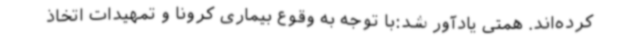
کرده‌اند. همتی یادآور شد:با توجه به وقوع بیماری کرونا و تمهیدات اتخاذ